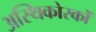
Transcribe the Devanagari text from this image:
अस्थिकोरकों